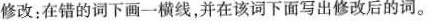
修改：在错的词下画一横线。并在该词下面写出修改后的词。